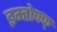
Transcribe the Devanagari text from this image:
इम्होफ्फ्